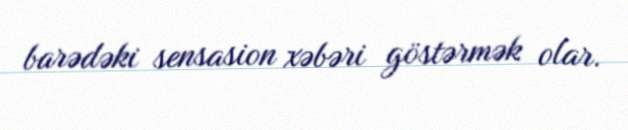
barədəki sensasion xəbəri göstərmək olar.